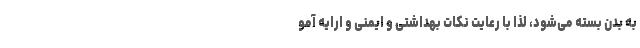
به بدن بسته می‌شود، لذا با رعایت نکات بهداشتی و ایمنی و ارایه آمو